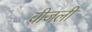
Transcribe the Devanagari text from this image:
वीजली